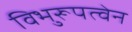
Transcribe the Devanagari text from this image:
विभुरूपत्वेन